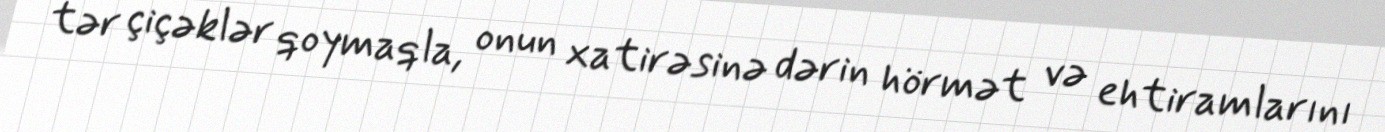
tər çiçəklər qoymaqla, onun xatirəsinə dərin hörmət və ehtiramlarını